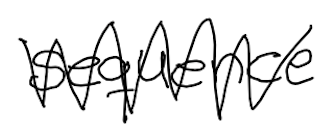
Text: sequence
Cross-out: zig-zag
Writing tool: digital_black